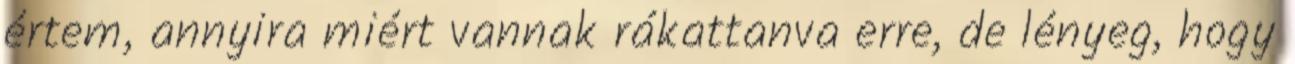
értem, annyira miért vannak rákattanva erre, de lényeg, hogy